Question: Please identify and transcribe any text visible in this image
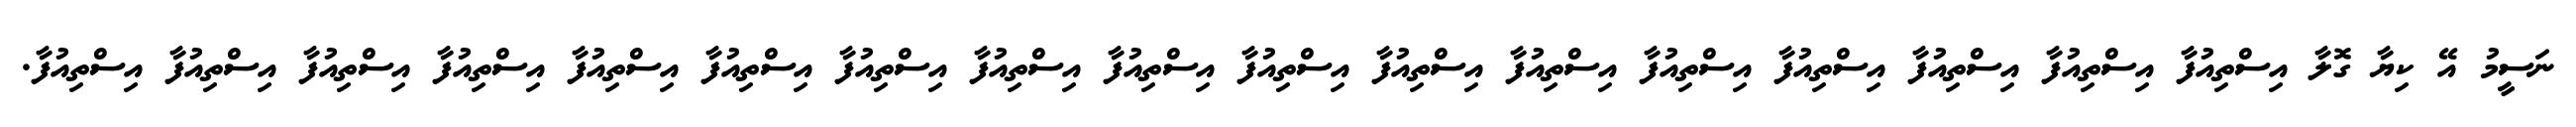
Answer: ނަސީމު އޭ ކިޔާ ގޮލާ އިސްތިއުފާ އިސްތިއުފާ އިސްތިއުފާ އިސްތިއުފާ އިސްތިއުފާ އިސްތިއުފާ އިސްތިއުފާ އިސްތިއުފާ އިސްތިއުފާ އިސްތިއުފާ އިސްތިއުފާ އިސްތިއުފާ އިސްތިއުފާ އިސްތިއުފާ އިސްތިއުފާ އިސްތިއުފާ އިސްތިއުފާ.